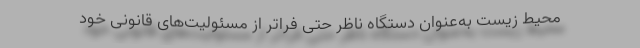
محیط‌ زیست به‌عنوان دستگاه ناظر حتی فراتر از مسئولیت‌های قانونی خود